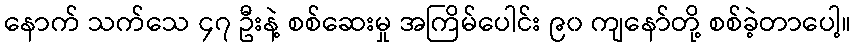
နောက် သက်သေ ၄၇ ဦးနဲ့ စစ်ဆေးမှု အကြိမ်ပေါင်း ၉၀ ကျနော်တို့ စစ်ခဲ့တာပေါ့။